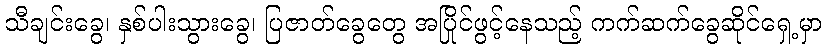
သီချင်းခွေ၊ နှစ်ပါးသွားခွေ၊ ပြဇာတ်ခွေတွေ အပြိုင်ဖွင့်နေသည့် ကက်ဆက်ခွေဆိုင်ရှေ့မှာ